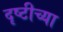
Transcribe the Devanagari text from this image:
दृष्टीच्या